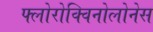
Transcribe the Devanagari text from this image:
फ्लोरोक्विनोलोनेस